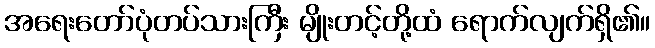
အရေးတော်ပုံတပ်သားကြီး မျိုးတင့်တို့ထံ ရောက်လျက်ရှိ၏။